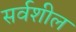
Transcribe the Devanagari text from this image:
सर्वशील